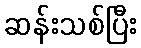
ဆန်းသစ်ပြီး